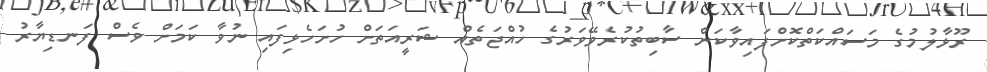
ރޫޅާލުމުގެ މަސައްކަތްކޮށްފައިވާކަން ސާބިތުކުރެވޭވަރުގެ ހުއްޖަތެއް ޝަރީއަތަށް ހުށަހެޅިފައި ނުވާ ކަމަށް ވެސް ފަނޑިޔާރު